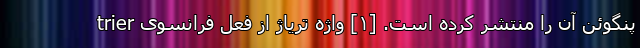
پنگوئن آن را منتشر کرده است. [۱] واژهٔ تریاژ از فعل فرانسوی trier